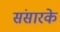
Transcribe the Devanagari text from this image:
संसारके